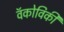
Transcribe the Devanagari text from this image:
वॅकोविकी